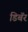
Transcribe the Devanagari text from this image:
डिबॅर